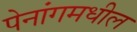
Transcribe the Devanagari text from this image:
पेनांगमधील